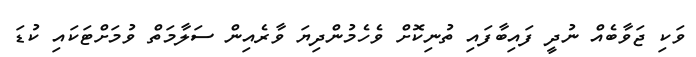
ވަކި ޖަވާބެއް ނުދީ ފައިބާފައި ތުނިކޮށް ވެހެމުންދިޔަ ވާރެއިން ސަލާމަތް ވުމަށްޓަކައި ކުޑަ